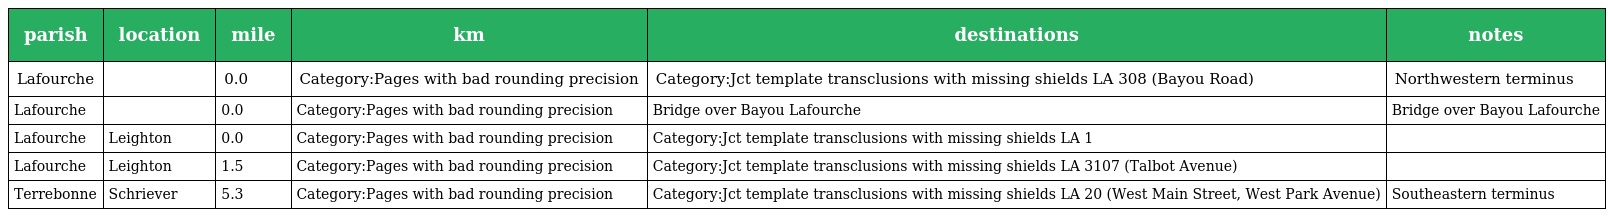
| parish | location | mile | km | destinations | notes |
 | --- | --- | --- | --- | --- | --- |
 | Lafourche |  | 0.0 | Category:Pages with bad rounding precision | Category:Jct template transclusions with missing shields LA 308 (Bayou Road) | Northwestern terminus |
 | Lafourche |  | 0.0 | Category:Pages with bad rounding precision | Bridge over Bayou Lafourche | Bridge over Bayou Lafourche |
 | Lafourche | Leighton | 0.0 | Category:Pages with bad rounding precision | Category:Jct template transclusions with missing shields LA 1 |  |
 | Lafourche | Leighton | 1.5 | Category:Pages with bad rounding precision | Category:Jct template transclusions with missing shields LA 3107 (Talbot Avenue) |  |
 | Terrebonne | Schriever | 5.3 | Category:Pages with bad rounding precision | Category:Jct template transclusions with missing shields LA 20 (West Main Street, West Park Avenue) | Southeastern terminus |